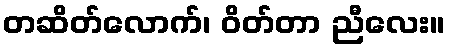
တဆိတ်လောက်၊ ဝိတ်တာ ညီလေး။